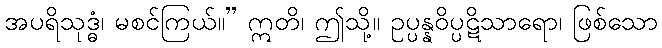
အပရိသုဒ္ဓံ၊ မစင်ကြယ်။” ဣတိ၊ ဤသို့။ ဥပ္ပန္နဝိပ္ပဋိသာရော၊ ဖြစ်သော